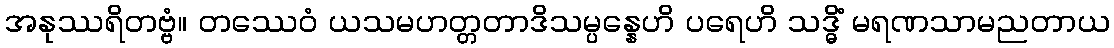
အနုဿရိတဗ္ဗံ။ တဿေဝံ ယသမဟတ္တတာဒိသမ္ပန္နေဟိ ပရေဟိ သဒ္ဓိံ မရဏသာမညတာယ